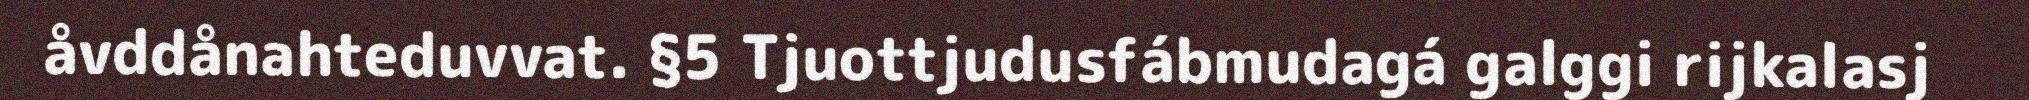
åvddånahteduvvat. §5 Tjuottjudusfábmudagá galggi rijkalasj